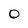
Character: O